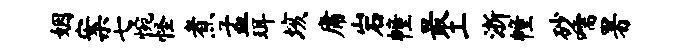
姻案七惋怪煮孟珥垓庸岩幢最工浙幢砂嚅署